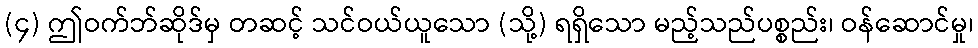
(၄) ဤဝက်ဘ်ဆိုဒ်မှ တဆင့် သင်ဝယ်ယူသော (သို့) ရရှိသော မည့်သည်ပစ္စည်း၊ ဝန်ဆောင်မှု၊